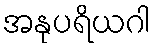
အနုပရိယဂါ